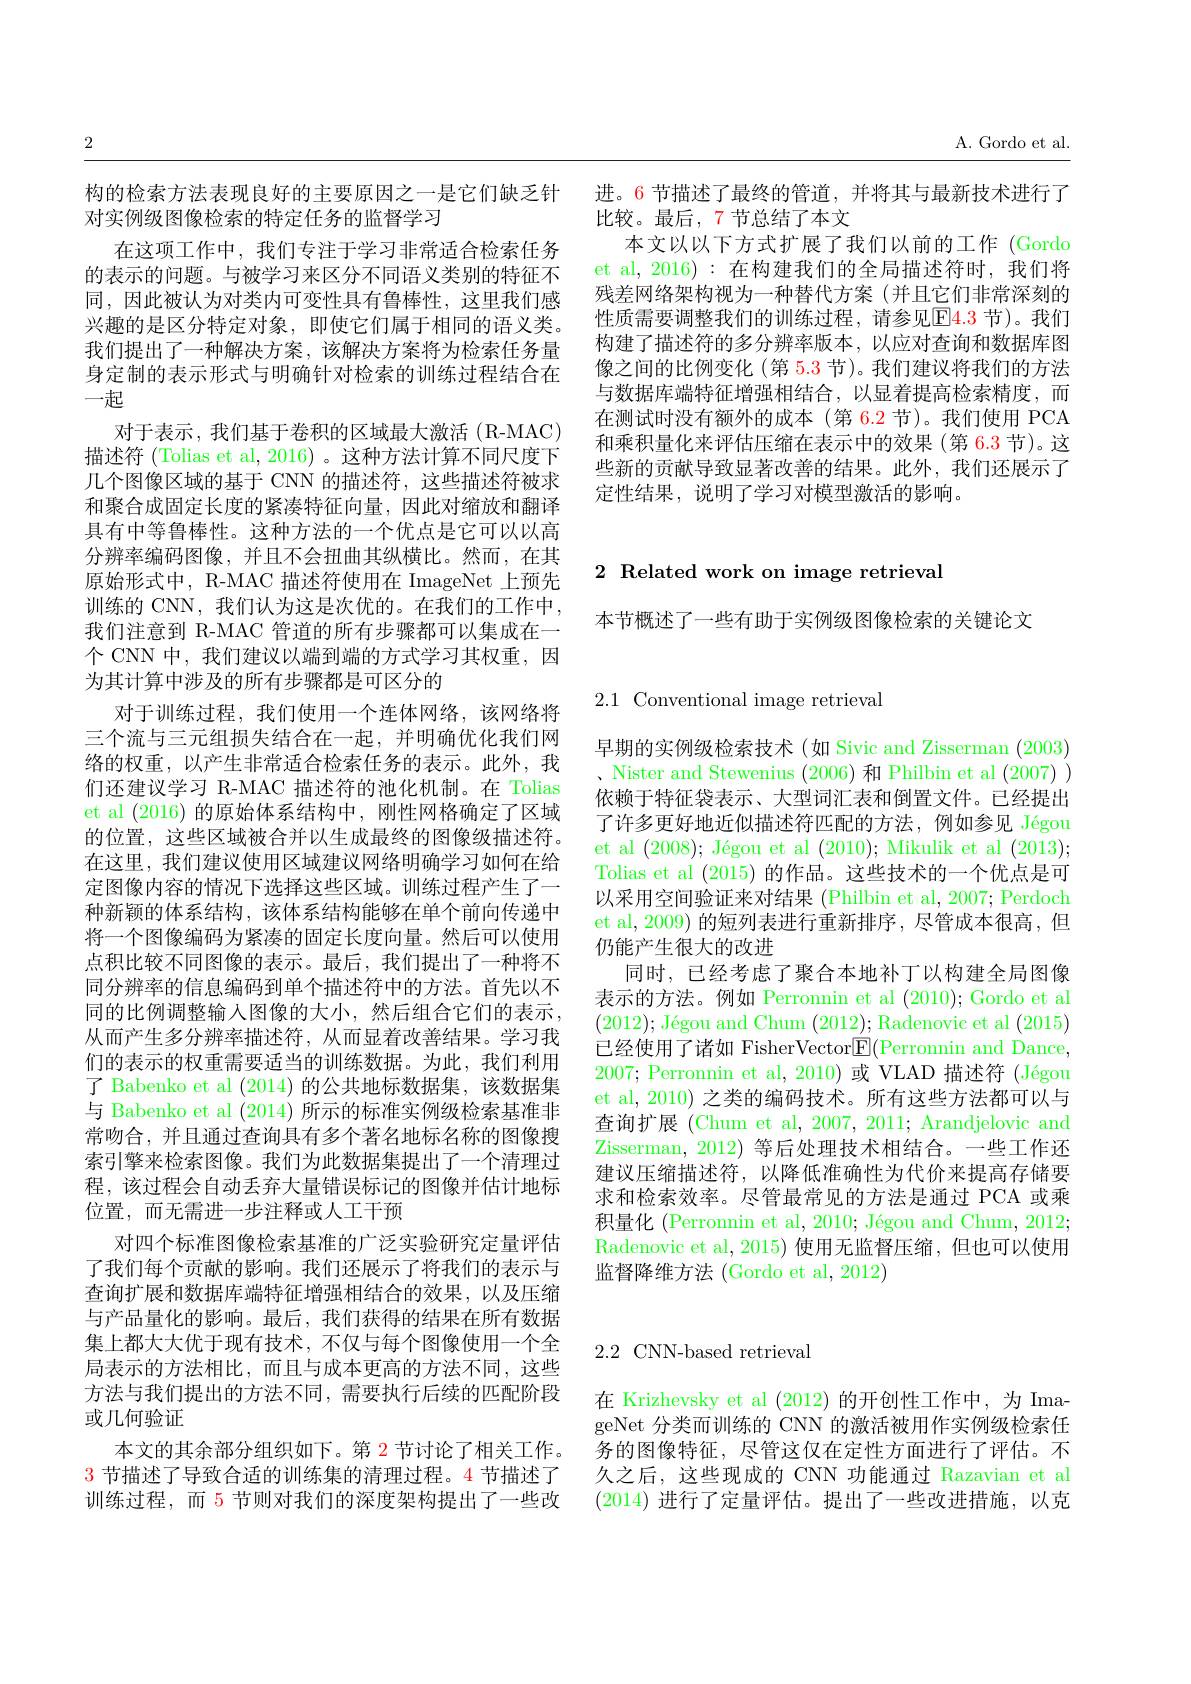
A. Gordo et al

进。6 节描述了最终的管道，并将其与最新技术进行了
比较。最后，7 节总结了本文
本文以以下方式扩展了我们以前的工作 (Gordo et al, 2016): 在构建我们的全局描述符时，我们将残差网络架构视为一种替代方案(并且它们非常深刻的性质需要调整我们的训练过程，请参见E4.3 节)。我们构建了描述符的多分辨率版本，以应对查询和数据库图像之间的比例变化 (第 5.3 节)。我们建议将我们的方法与数据库端特征增强相结合，以显着提高检索精度，而在测试时没有额外的成本(第 6.2 节)。我们使用 PCA 和乘积量化来评估压缩在表示中的效果(第 6.3 节)。这些新的贡献导致显著改善的结果。此外，我们还展示了定性结果，说明了学习对模型激活的影响。

# 2 Related work on image retrieval

本节概述了一些有助于实例级图像检索的关键论文

2

构的检索方法表现良好的主要原因之一是它们缺乏针
对实例级图像检索的特定任务的监督学习
在这项工作中，我们专注于学习非常适合检索任务的表示的问题。与被学习来区分不同语义类别的特征不同，因此被认为对类内可变性具有鲁棒性，这里我们感兴趣的是区分特定对象，即使它们属于相同的语义类。我们提出了一种解决方案，该解决方案将为检索任务量身定制的表示形式与明确针对检索的训练过程结合在一起
对于表示，我们基于卷积的区域最大激活(R-MAC) 描述符 (Tolias et al, 2016) 。这种方法计算不同尺度下几个图像区域的基于 CNN 的描述符，这些描述符被求和聚合成固定长度的紧凑特征向量，因此对缩放和翻译具有中等鲁棒性。这种方法的一个优点是它可以以高分辨率编码图像，并且不会扭曲其纵横比。然而，在其原始形式中，R-MAC 描述符使用在 ImageNet 上预先训练的 CNN, 我们认为这是次优的。在我们的工作中， 我们注意到 R-MAC 管道的所有步骤都可以集成在一个 CNN 中，我们建议以端到端的方式学习其权重，因为其计算中涉及的所有步骤都是可区分的
对于训练过程，我们使用一个连体网络，该网络将三个流与三元组损失结合在一起，并明确优化我们网络的权重，以产生非常适合检索任务的表示。此外，我们还建议学习 R-MAC 描述符的池化机制。在 Tolias et al (2016) 的原始体系结构中，刚性网格确定了区域的位置，这些区域被合并以生成最终的图像级描述符。在这里，我们建议使用区域建议网络明确学习如何在给定图像内容的情况下选择这些区域。训练过程产生了一种新颖的体系结构，该体系结构能够在单个前向传递中将一个图像编码为紧凑的固定长度向量。然后可以使用点积比较不同图像的表示。最后，我们提出了一种将不同分辨率的信息编码到单个描述符中的方法。首先以不同的比例调整输入图像的大小，然后组合它们的表示从而产生多分辨率描述符，从而显着改善结果。学习我们的表示的权重需要适当的训练数据。为此，我们利用了 Babenko et al (2014)的公共地标数据集，该数据集与 Babenko et al (2014)所示的标准实例级检索基准非常吻合，并且通过查询具有多个著名地标名称的图像搜索引擎来检索图像。我们为此数据集提出了一个清理过程，该过程会自动丢弃大量错误标记的图像并估计地标位置，而无需进一步注释或人工干预
对四个标准图像检索基准的广泛实验研究定量评估了我们每个贡献的影响。我们还展示了将我们的表示与查询扩展和数据库端特征增强相结合的效果，以及压缩与产品量化的影响。最后，我们获得的结果在所有数据集上都大大优于现有技术，不仅与每个图像使用一个全局表示的方法相比，而且与成本更高的方法不同，这些方法与我们提出的方法不同，需要执行后续的匹配阶段或几何验证
本文的其余部分组织如下。第 2 节讨论了相关工作。$\color{red}{3\text{ 节描述了导致合适的训练集的清理过程。4 节描述了}}$ 训练过程，而 5 节则对我们的深度架构提出了一些改

$2.1{\mathrm{~Conventional~image~retrieval}}$

早期的实例级检索技术 (如 Sivic and Zisserman (2003) 、Nister and Stewenius (2006)和 Philbin et al (2007) ) 依赖于特征袋表示、大型词汇表和倒置文件。已经提出了许多更好地近似描述符匹配的方法，例如参见 Jégou et al $( 2008) ; \text{ J\' {e}gouetal( 2010) ; Mikuliketal( 2013) ; }$ Tolias et al (2015)的作品。这些技术的一个优点是可以采用空间验证来对结果 (Philbin et al, 2007; Perdoch et al, 2009) 的短列表进行重新排序，尽管成本很高，但仍能产生很大的改进行
同时，已经考虑了聚合本地补丁以构建全局图像表示的方法。例如 Perronnin et al (2010); Gordo et al $( 2012) ; \text{ J\' {e}gouandChum}( 2012) ;$ Radenovic et al (2015) 已经使用了诸如 FisherVector$\boxed{\mathrm{E}}($Perronnin and Dance, 2007; Perronnin et al, 2010)或 VLAD 描述符 (Jégou et al, 2010) 之类的编码技术。所有这些方法都可以与查询扩展 (Chum et al, 2007, 2011; Arandjelovic and Zisserman, 2012) 等后处理技术相结合。一些工作还建议压缩描述符，以降低准确性为代价来提高存储要求和检索效率。尽管最常见的方法是通过 PCA 或乘积量化 (Perronnin et al, 2010; Jégou and Chum, 2012; Radenovic et al, 2015) 使用无监督压缩，但也可以使用监督降维方法 (Gordo et al, 2012)

## 2.2 CNN-based retrieval

在 Krizhevsky et al (2012) 的开创性工作中，为 ImageNet 分类而训练的 CNN 的激活被用作实例级检索任务的图像特征，尽管这仅在定性方面进行了评估。不久之后，这些现成的 CNN 功能通过 Razavian et al (2014)进行了定量评估。提出了一些改进措施，以克